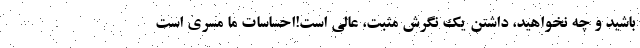
باشید و چه نخواهید، داشتن یک نگرش مثبت، عالی است!احساسات ما مسری است